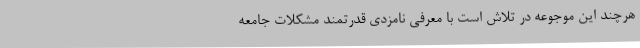
هرچند این موجوعه در تلاش‌ است با معرفی نامزدی قدرتمند مشکلات جامعه